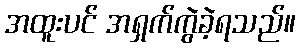
အထူးပင် အရှက်ကွဲခဲ့ရသည်။